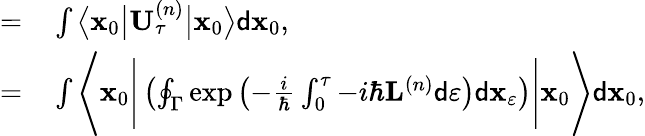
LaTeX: \begin{array}{rl}{=}&{{}\int\big\langle\mathbf{x}_{0}\big\vert\mathbf{U}_{\tau}^{\left(n\right)}\big\vert\mathbf{x}_{0}\big\rangle\mathsf{d}\mathbf{x}_{0},}\\ {=}&{{}\int\Bigg\langle\mathbf{x}_{0}\Bigg\vert\left(\oint_{\Gamma}\exp\left(-\frac{i}{\hbar}\int_{0}^{\tau}-i\hbar\mathbf{L}^{\left(n\right)}\mathsf{d}\varepsilon\right)\mathsf{d}\mathbf{x}_{\varepsilon}\right)\Bigg\vert\mathbf{x}_{0}\Bigg\rangle\mathsf{d}\mathbf{x}_{0},}\end{array}